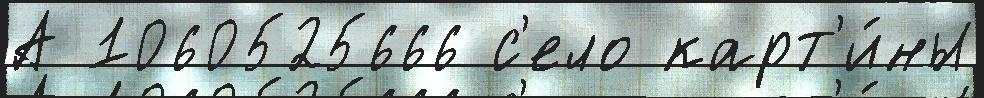
А 1060525666 с'ело карт'и́ны